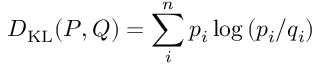
D _ { \mathrm { K L } } ( P , Q ) = \sum _ { i } ^ { n } p _ { i } \log \left( p _ { i } / q _ { i } \right)